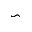
\backsim